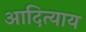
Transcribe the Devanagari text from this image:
आदित्याय